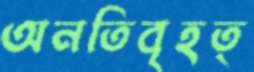
অনতিবৃহত্